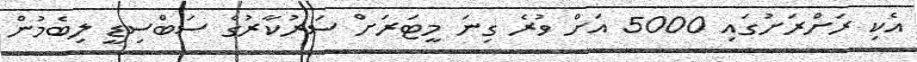
އެކި ރަށްރަށުގައި 5000 އަށް ވުރެ ގިނަ މީޓަރަށް ސަރުކާރުގެ ސަބްސިޑީ ލިބެމުން